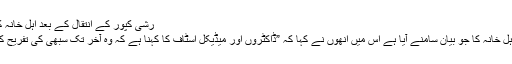
رشی کپور کے انتقال کے بعد اہل خانہ کا بیان آیا سامنے
رشی کپور کے اہل خانہ کا جو بیان سامنے آیا ہے اس میں انھوں نے کہا کہ ”ڈاکٹروں اور میڈیکل اسٹاف کا کہنا ہے کہ وہ آخر تک سبھی کی تفریح کرتے رہے تھے۔